Enquiry on enteric fever in India - Number 32
Disease focus: Fever
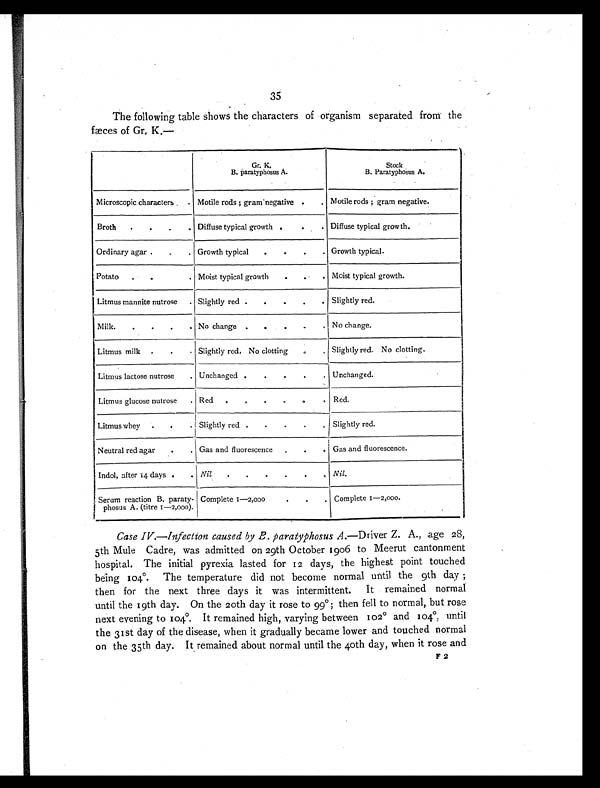
35
The following table shows the characters of organism separated from the
fæces of Gr. K.—
Gr. K.
B. paratyphosus A.
Stock
B. Paratyphosus A.
Microscopic characters
. Motile rods ; gram negative .
. Motile rods ; gram negative.
Broth
.
.
.
. Diffuse typical growth .
.
. Diffuse typical growth.
Ordinary agar .
.
. Growth typical
.
.
.
. Growth typical.
Potato
.
.
. Moist typical growth
.
.
. Moist typical growth.
Litmus mannite nutrose . Slightly red .
.
.
.
. Slightly red.
Milk.
.
.
.
. No change .
.
.
.
. No change.
Litmus milk .
.
. Slightly red. No clotting
.
. Slightly red. No clotting.
Litmus lactose nutrose
. Unchanged .
.
.
.
. Unchanged.
Litmus glucose nutrose
. Red .
.
.
.
.
. Red.
Litmus whey .
.
. Slightly red .
.
.
.
. Slightly red.
Neutral red agar
.
. Gas and fluorescence
.
.
. Gas and fluorescence.
Indol, after 14 days .
. Nil .
.
. .
.
. Nil.
Serum reaction B. paraty-
phosus A. (titre 1—2,000).
Complete 1—2,000
.
.
. Complete 1—2,000.
Case IV.—Infection caused by B. paratyphosus A. —Driver Z. A., age 28,
5th Mule Cadre, was admitted on 29th October 1906 to Meerut cantonment
hospital. The initial pyrexia lasted for 12 days, the highest point touched
being 104°. The temperature did not become normal until the 9th day
; t h e n f o r t h e n e x t t h r e e d a y s i t w a s i n t e r m i t t e n t . I t r e m a i n e d n o r m a l
until the 19th day. On the 20th day it rose to 99º; then fell to normal, but rose
next evening to 104°. It remained high, varying between 102° and 104º, until
the 31st day of the disease, when it gradually became lower and touched normal
on the 35th day. It remained about normal until the 40th day, when it rose and
F 2